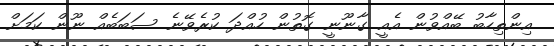
އިންތިހާބު ބޭއްވުން އެއީ ގާނޫނީ ގޮތުން ހުއްދަ ކުރެވޭނެ ސަބަބެއް ނޫން ކަމަށް